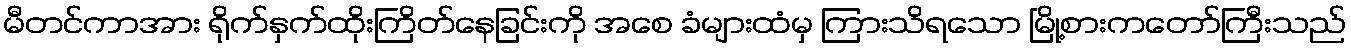
မီတင်ကာအား ရိုက်နှက်ထိုးကြိတ်နေခြင်းကို အစေ ခံများထံမှ ကြားသိရသော မြို့စားကတော်ကြီးသည်